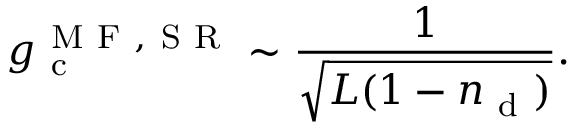
g _ { \mathrm { ~ c ~ } } ^ { \mathrm { ~ M ~ F ~ , ~ S ~ R ~ } } \sim \frac { 1 } { \sqrt { L ( 1 - n _ { \mathrm { ~ d ~ } } ) } } .